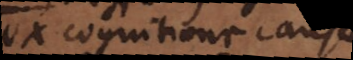
ex cognitione causae